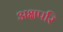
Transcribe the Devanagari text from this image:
अक्षपरि